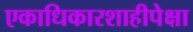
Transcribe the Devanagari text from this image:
एकाधिकारशाहीपेक्षा